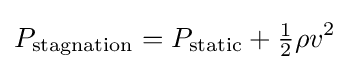
P_{\text{stagnation}}=P_{\text{static}}+{\tfrac {1}{2}}\rho v^{2}